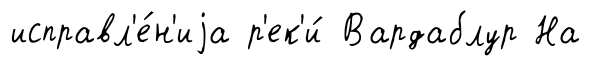
исправл'е́н'иjа р'ек'и́ Вардаблур На